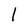
Character: I